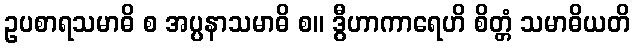
ဥပစာရသမာဓိ စ အပ္ပနာသမာဓိ စ။ ဒွီဟာကာရေဟိ စိတ္တံ သမာဓိယတိ